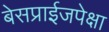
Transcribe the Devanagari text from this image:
बेसप्राईजपेक्षा